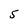
Character: 5